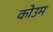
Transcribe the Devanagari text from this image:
कोउम